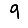
Digit: 9